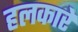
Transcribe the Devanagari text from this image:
हलकारे